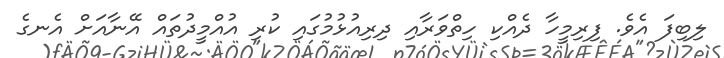
ލިބިފަ އެވެ. ފިރިމީހާ ދެއްކި ހިތްވަރާއި ދިރިއުޅުމުގައި ކުރި އުއްމީދުތައް އޭނާއަށް އެނގެ